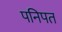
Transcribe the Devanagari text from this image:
पनिपत